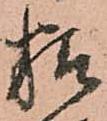
精